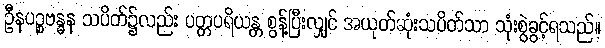
ဦနပဉ္စဗန္ဓန သပိတ်၌လည်း ပတ္တပရိယန္တ စွန့်ပြီးလျှင် အယုတ်ဆုံးသပိတ်သာ သုံးစွဲခွင့်ရသည်။